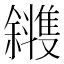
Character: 𪯰